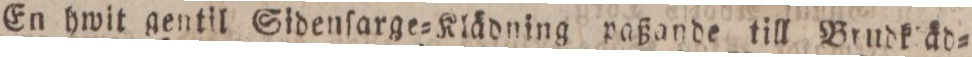
En hwit gentil Sidenſarge=Klädning paßande till Brudk äd=